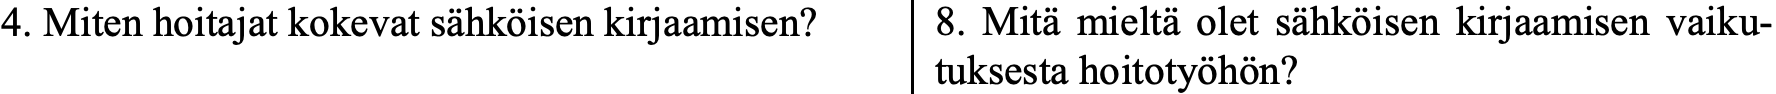
4. Miten hoitajat kokevat sähköisen kirjaamisen? 8. Mitä mieltä olet sähköisen kirjaamisen vaiku- tuksesta hoitotyöhön?